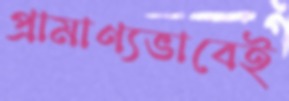
প্রামাণ্যভাবেই